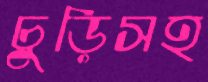
চুড়িসহ